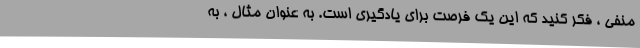
منفی ، فکر کنید که این یک فرصت برای یادگیری است. به عنوان مثال ، به